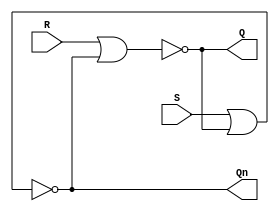
`timescale 1ns / 1ps
/*
 * SR-Latch
 */
module srlatch(
  input S,
  input R,
  output Q,
  output Qn
);
  nor (Q, R, Qn);
  nor (Qn, S, Q);
endmodule